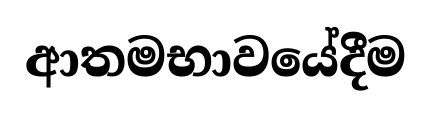
ආතමභාවයේදීම